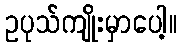
ဥပုသ်ကျိုးမှာပေါ့။